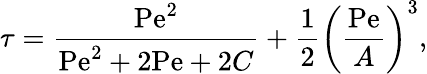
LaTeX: \tau={\frac{\mathrm{Pe}^{2}}{\mathrm{Pe}^{2}+2\mathrm{Pe}+2C}}+{\frac{1}{2}}\left({\frac{\mathrm{Pe}}{A}}\right)^{3},